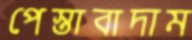
পেস্তাবাদাম